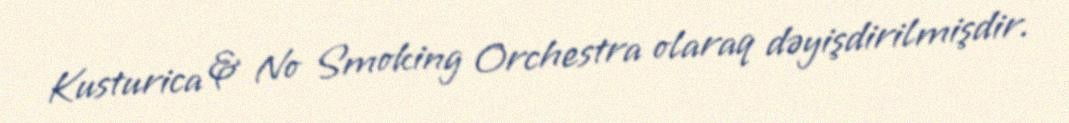
Kusturica & No Smoking Orchestra olaraq dəyişdirilmişdir.